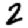
Digit: 2